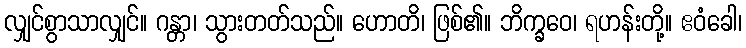
လျှင်စွာသာလျှင်။ ဂန္တာ၊ သွားတတ်သည်။ ဟောတိ၊ ဖြစ်၏။ ဘိက္ခဝေ၊ ရဟန်းတို့။ ဧဝံခေါ၊